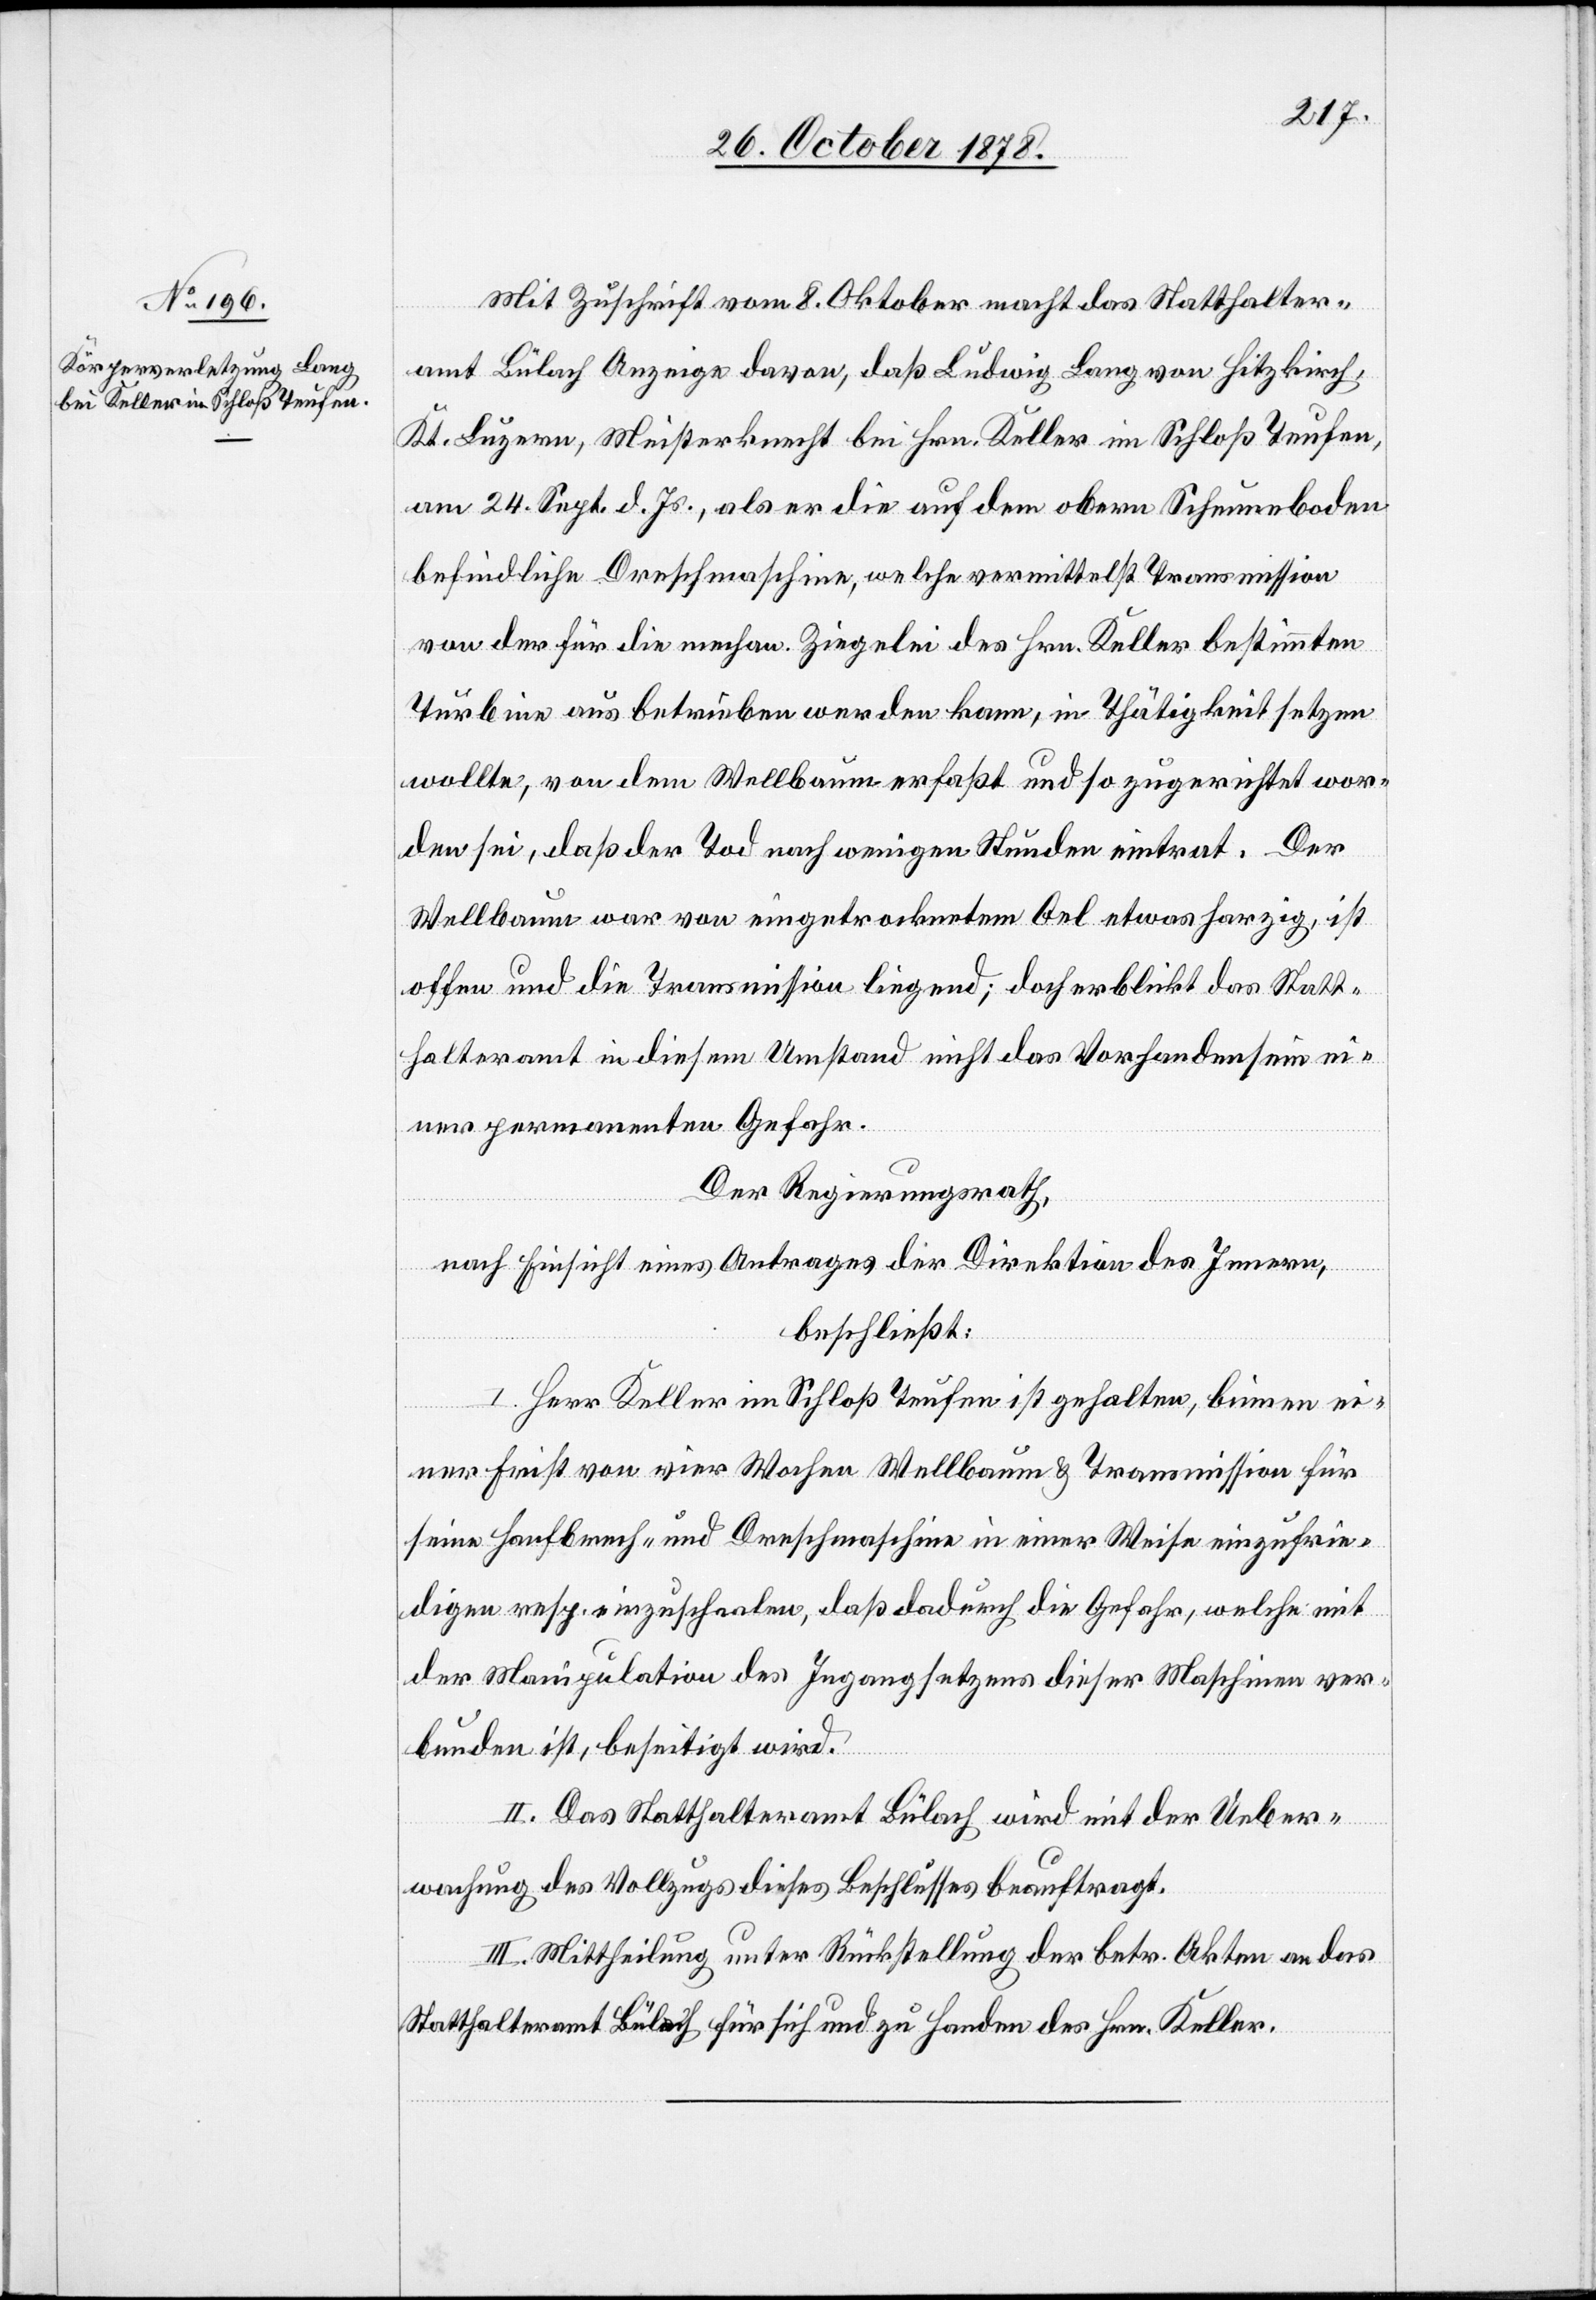
Mit Zuschrift vom 8. Oktober macht das Statthalter¬
amt Bülach Anzeige davon, daß Ludwig Lang von Hitzkirch,
Kt. Luzern, Meisterknecht bei Hrn. Keller im Schloß Teufen,
am 24. Sept. d. Js., als er die auf dem obern Scheunenboden
befindliche Dreschmaschine, welche vermittelst Transmission
von der für die mechan. Ziegelei des Hrn. Keller bestimmten
Turbine aus betrieben werden kann, in Thätigkeit setzen
wollte, von dem Wellbaum erfasst und so zugerichtet wor¬
den sei, daß der Tod nach wenigen Stunden eintrat. Der
Wellbaum war von eingetrocknetem Oel etwas harzig, ist
offen und die Transmission liegend; doch erblickt das Statt¬
halteramt in diesem Umstand nicht das Vorhandensein ei¬
ner permanenten Gefahr.
Der Regierungsrath,
nach Einsicht eines Antrages der Direktion des Innern,
beschließt:
I. Herr Keller im Schloß Teufen ist gehalten, binnen ei¬
ner Frist von vier Wochen Wellbaum & Transmission für
seine Hanfbrech- und Dreschmaschine in einer Weise einzufrie¬
digen resp. einzuschenken, daß dadurch die Gefahr, welche mit
der Manipulation des Ingangsetzens dieser Maschinen ver¬
bunden ist, beseitigt wird.
II. Das Statthalteramt Bülach wird mit der Ueber¬
wachung des Vollzugs dieses Beschlusses beauftragt.
III. Mittheilung unter Rückstellung der betr. Akten an das
Statthalteramt Bülach für sich und zu Handen des Hrn. Keller.